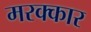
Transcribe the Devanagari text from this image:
मरक्कार